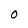
Character: 0